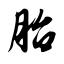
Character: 胎